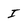
Character: I